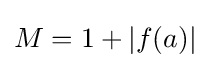
M=1+|f(a)|